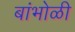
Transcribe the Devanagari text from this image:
बांभोळी